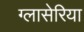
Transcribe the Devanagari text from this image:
ग्लासेरिया